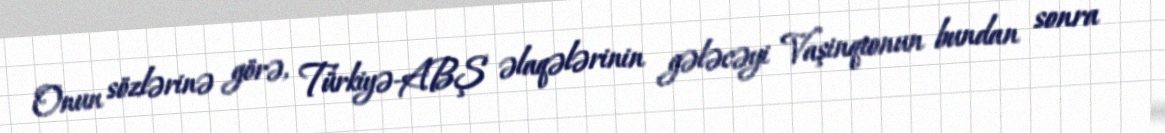
Onun sözlərinə görə, Türkiyə-ABŞ əlaqələrinin gələcəyi Vaşinqtonun bundan sonra